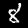
Digit: 8